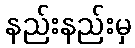
နည်းနည်းမှ